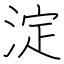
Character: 淀